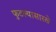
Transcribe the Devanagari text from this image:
फुटल्यासारखे